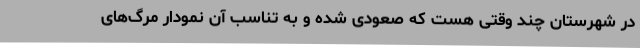
در شهرستان چند وقتی هست که صعودی شده و به تناسب آن نمودار مرگ‌های